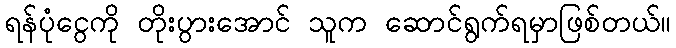
ရန်ပုံငွေကို တိုးပွားအောင် သူက ဆောင်ရွက်ရမှာဖြစ်တယ်။